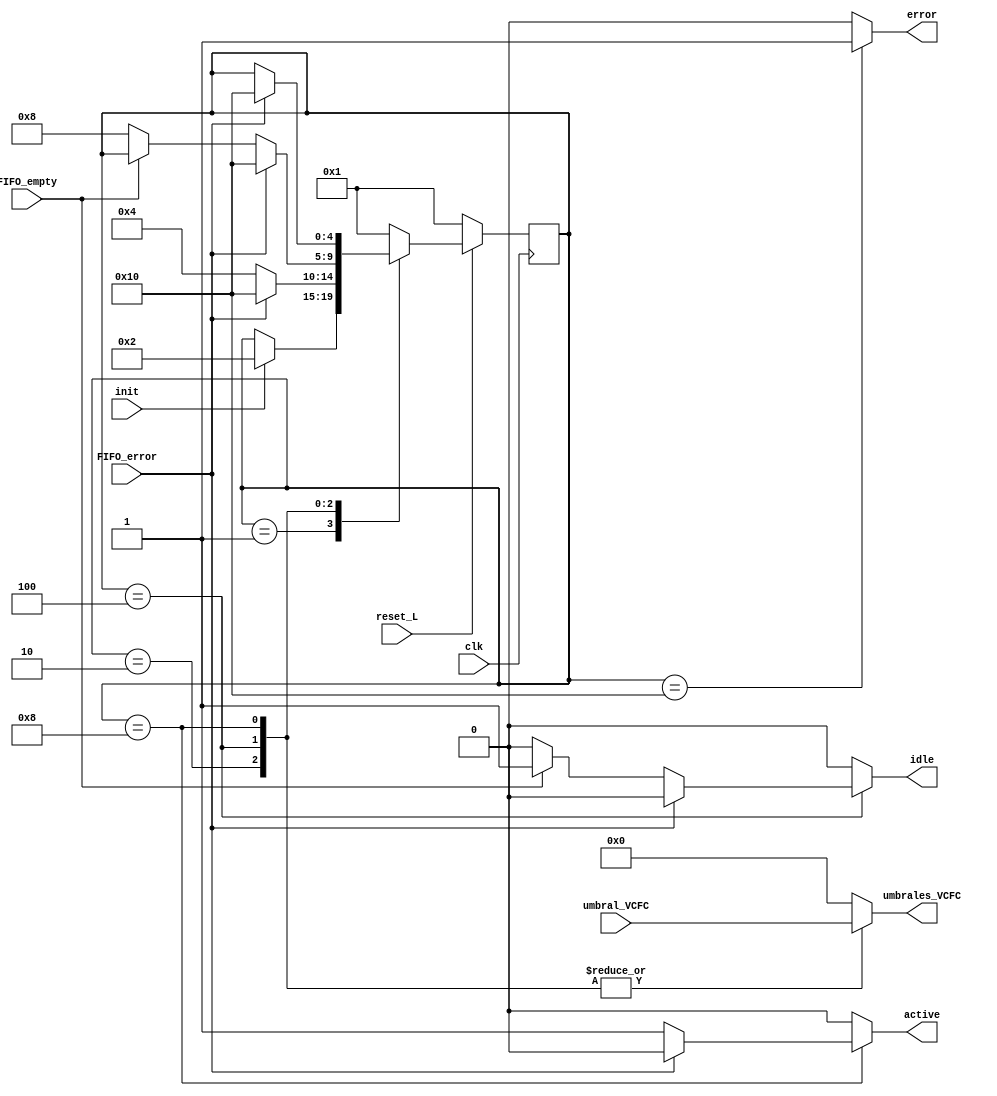


module fsmControl  ( input clk,
              input reset_L,
              input init,
              input [7:0] umbral_VCFC,
              input FIFO_error,
              input FIFO_empty,
              output reg [7:0] umbrales_VCFC,
              output reg active,
              output reg idle,
              output reg error);

  parameter RESET = 5'b00001;
  parameter INIT = 5'b00010;
  parameter IDLE = 5'b00100;
  parameter ACTIVE = 5'b01000;
  parameter ERROR = 5'b10000;

  reg [4:0] state, nxt_state;
  reg [7:0] nxt_umbrales;

  always @ ( posedge clk ) begin
    if (~reset_L) begin // Reinicio de senales
      state <= RESET;


    end
    else begin
      state <= nxt_state;
    end
  end

  always @ ( * ) begin
    error = 0;
    active = 0;
    idle = 0;
    umbrales_VCFC = 0;
    nxt_state = state;

    case(state)
      RESET: begin
        if (init)
          nxt_state = INIT;
      end

      INIT: begin
        umbrales_VCFC = umbral_VCFC;
        if (FIFO_error)
          nxt_state = ERROR;
        else
          nxt_state = IDLE;

      end

      IDLE: begin
        umbrales_VCFC = umbral_VCFC;
        if (FIFO_error)
          nxt_state = ERROR;
        else begin
          idle = 1;
          if (~FIFO_empty) begin
            idle = 0;
            nxt_state = ACTIVE;
          end

        end

      end

    ACTIVE: begin
      umbrales_VCFC = umbral_VCFC;
      idle = 0;
      active = 1;
      if (FIFO_error) begin
        active = 0;
        nxt_state = ERROR;
      end


    end

    ERROR: begin
      error = 1;
      if (reset_L)
        nxt_state = RESET;

    end
    default:
      nxt_state = RESET;

    endcase

  end


endmodule //fsm